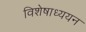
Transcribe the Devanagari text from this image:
विशेषाध्ययन